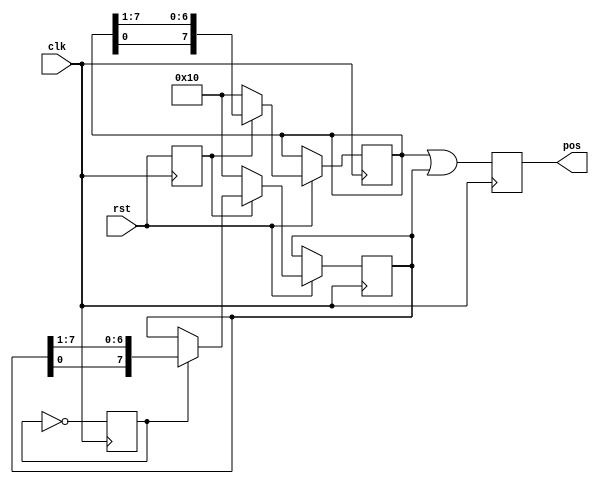
`timescale 1ns / 1ps
//////////////////////////////////////////////////////////////////////////////////
// Company: 
// Engineer: 
// 
// Design Name: 
// Module Name:    random2 
// Project Name: 
// Target Devices: 
// Tool versions: 
// Description: 
//
// Dependencies: 
//
// Revision: 
// Revision 0.01 - File Created
// Additional Comments: 
//
//////////////////////////////////////////////////////////////////////////////////
module random2( pos, clk, rst);
   
   output reg  [7:0] pos;
   input             clk,rst;
   reg [7:0] 	     A,B;
   reg               divider;
   reg               rst_prev;
   
   
   initial 
     begin
        divider = 1'b0 ;
     end   
   
   always @ (posedge clk)
     begin
        rst_prev<=rst;
     end
   
   always @ (posedge clk)  begin
      divider <= ~divider;
   end
   
   always @ (posedge clk) begin
      if (rst==1'b1) begin
         if (rst_prev==1'b0) begin
            A<=8'b10000;
            B<=8'b10000;
         end else begin
            A[7:0] <= {A[0],A[7:1]};
            if (divider == 1) begin
               B[7:0] <= {B[0],B[7:1]};
            end else begin
               B[7:0] <= B[7:0];
            end
         end
      end
      pos <= A | B;
   end // always @ (posedge clk or rst)
   
   
endmodule